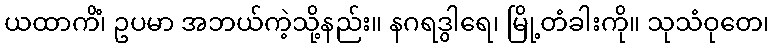
ယထာကိံ၊ ဥပမာ အဘယ်ကဲ့သို့နည်း။ နဂရဒွါရေ၊ မြို့တံခါးကို။ သုသံဝုတေ၊